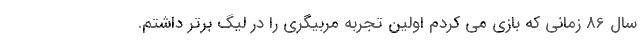
سال 86 زمانی که بازی می کردم اولین تجربه مربیگری را در لیگ برتر داشتم.